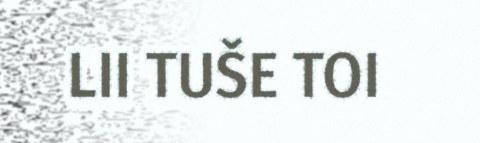
LII TUŠE TOI